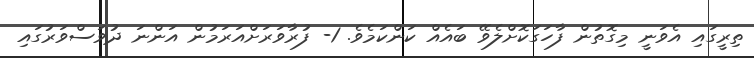
ތިރީގައި އެވަނީ މިގޮތުން ފާހަގަކޮށްލެވޭ ބައެއް ކަންކަމެވެ. 1- ފުރާވަރަށްއަރަމުން އަންނަ ދުވަސްވަރުގައި